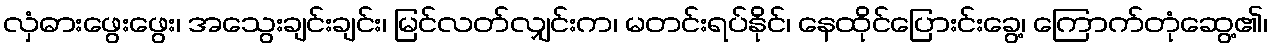
လှံဓားဖွေးဖွေး၊ အသွေးချင်းချင်း၊ မြင်လတ်လျှင်းက၊ မတင်းရပ်နိုင်၊ နေထိုင်ပြေားင်းခွေ့၊ ကြောက်တုံဆွေ့၏၊